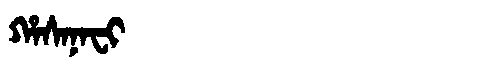
Manchu: ᡥᠠᠰᠠᠨᠠᠸᡳ
Romanization: HASANAFI